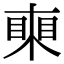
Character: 𥈸